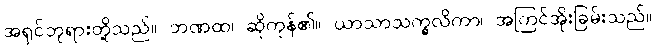
အရှင်ဘုရားတို့သည်။ ဘဏထ၊ ဆိုကုန်၏။ ယာသာသက္ခလိကာ၊ အကြင်အိုးခြမ်းသည်။